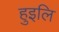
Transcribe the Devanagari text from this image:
हुइलि